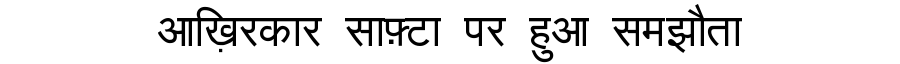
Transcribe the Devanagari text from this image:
आख़िरकार साफ़्टा पर हुआ समझौता